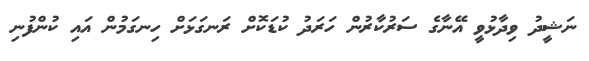
ނަޝީދު ވިދާޅުވީ އޭނާގެ ސަރުކާރުން ހަރަދު ކުޑަކޮށް ރަނގަޅަށް ހިނގަމުން އައި ކުންފުނި